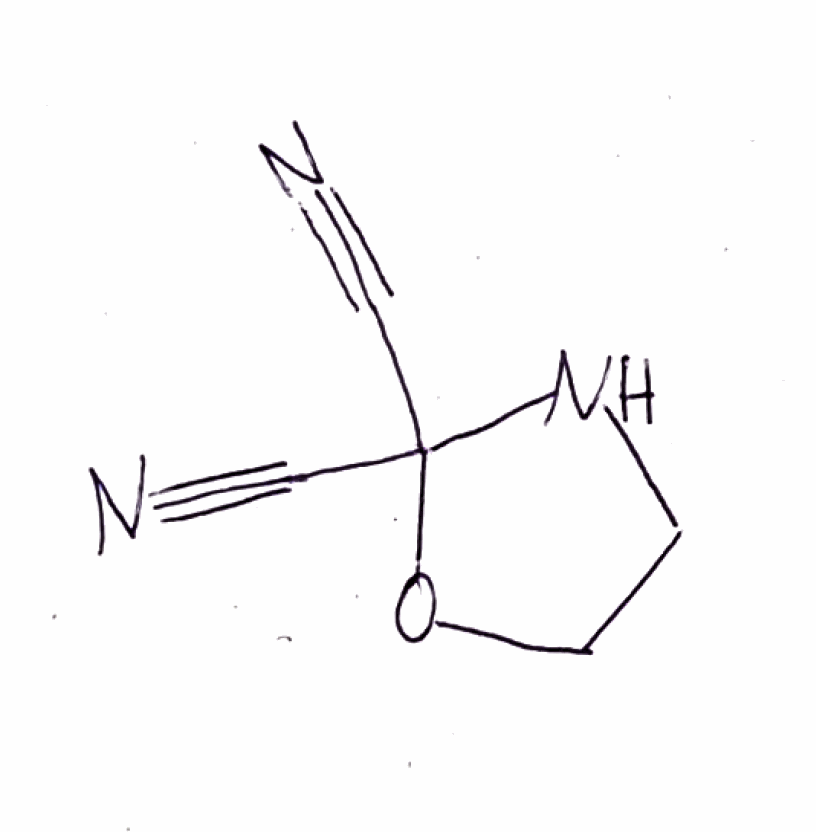
Simplified molecular-input line-entry system (SMILES) notation of the given molecule:
C1COC(N1)(C#N)C#N